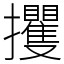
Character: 攫